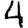
Digit: 4